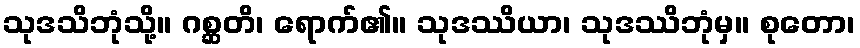
သုဒသိဘုံသို့။ ဂစ္ဆတိ၊ ရောက်၏။ သုဒဿိယာ၊ သုဒဿိဘုံမှ။ စုတော၊